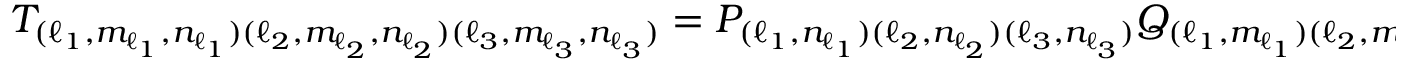
T _ { ( \ell _ { 1 } , m _ { \ell _ { 1 } } , n _ { \ell _ { 1 } } ) ( \ell _ { 2 } , m _ { \ell _ { 2 } } , n _ { \ell _ { 2 } } ) ( \ell _ { 3 } , m _ { \ell _ { 3 } } , n _ { \ell _ { 3 } } ) } = P _ { ( \ell _ { 1 } , n _ { \ell _ { 1 } } ) ( \ell _ { 2 } , n _ { \ell _ { 2 } } ) ( \ell _ { 3 } , n _ { \ell _ { 3 } } ) } Q _ { ( \ell _ { 1 } , m _ { \ell _ { 1 } } ) ( \ell _ { 2 } , m _ { \ell _ { 2 } } ) ( \ell _ { 3 } , m _ { \ell _ { 3 } } ) } ,